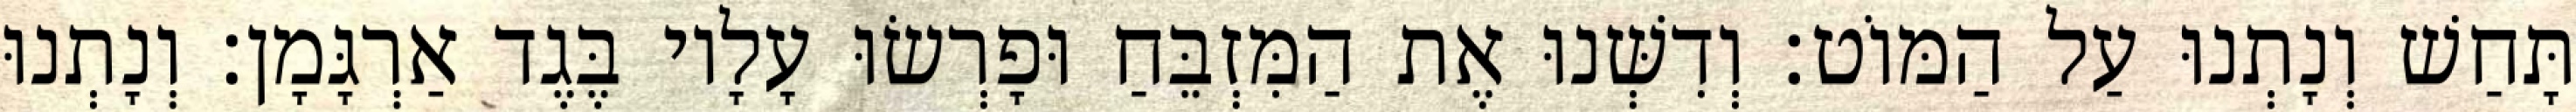
תָּחַשׁ וְנָתְנוּ עַל הַמּוֹט׃ וְדִשְּׁנוּ אֶת הַמִּזְבֵּחַ וּפָרְשׂוּ עָלָיו בֶּגֶד אַרְגָּמָן׃ וְנָתְנוּ